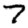
Digit: 7